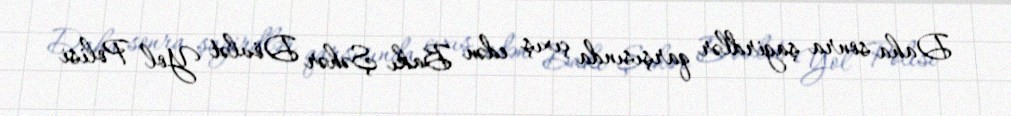
Daha sonra şagirdlər qarşısında çıxış edən Bakı Şəhər Dövlət Yol Polisi